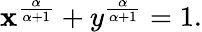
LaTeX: \mathbf{x}^{\frac{{\alpha}}{{\alpha+1}}}+y^{\frac{{\alpha}}{{\alpha+1}}}=1.